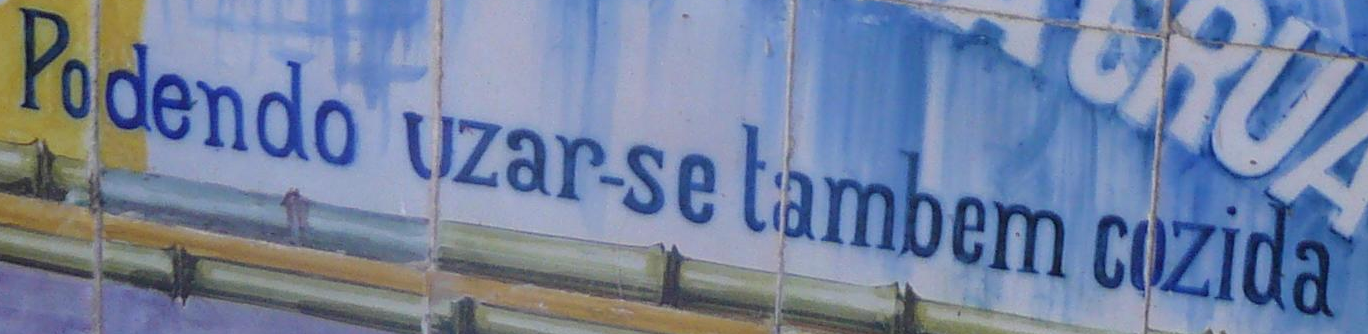
Podendo uzar-se lambem cozida